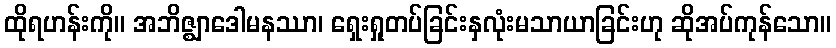
ထိုရဟန်းကို။ အဘိဇ္ဈာဒေါမနဿာ၊ ရှေးရှုတပ်ခြင်းနှလုံးမသာယာခြင်းဟု ဆိုအပ်ကုန်သော။